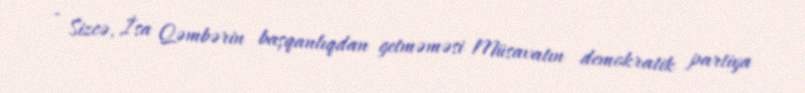
- Sizcə, İsa Qəmbərin başqanlıqdan getməməsi Müsavatın demokratik partiya